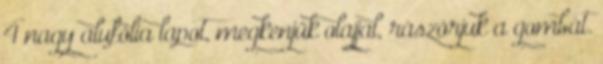
4 nagy alufólia lapot, megkenjük olajjal, rászórjuk a gombát.